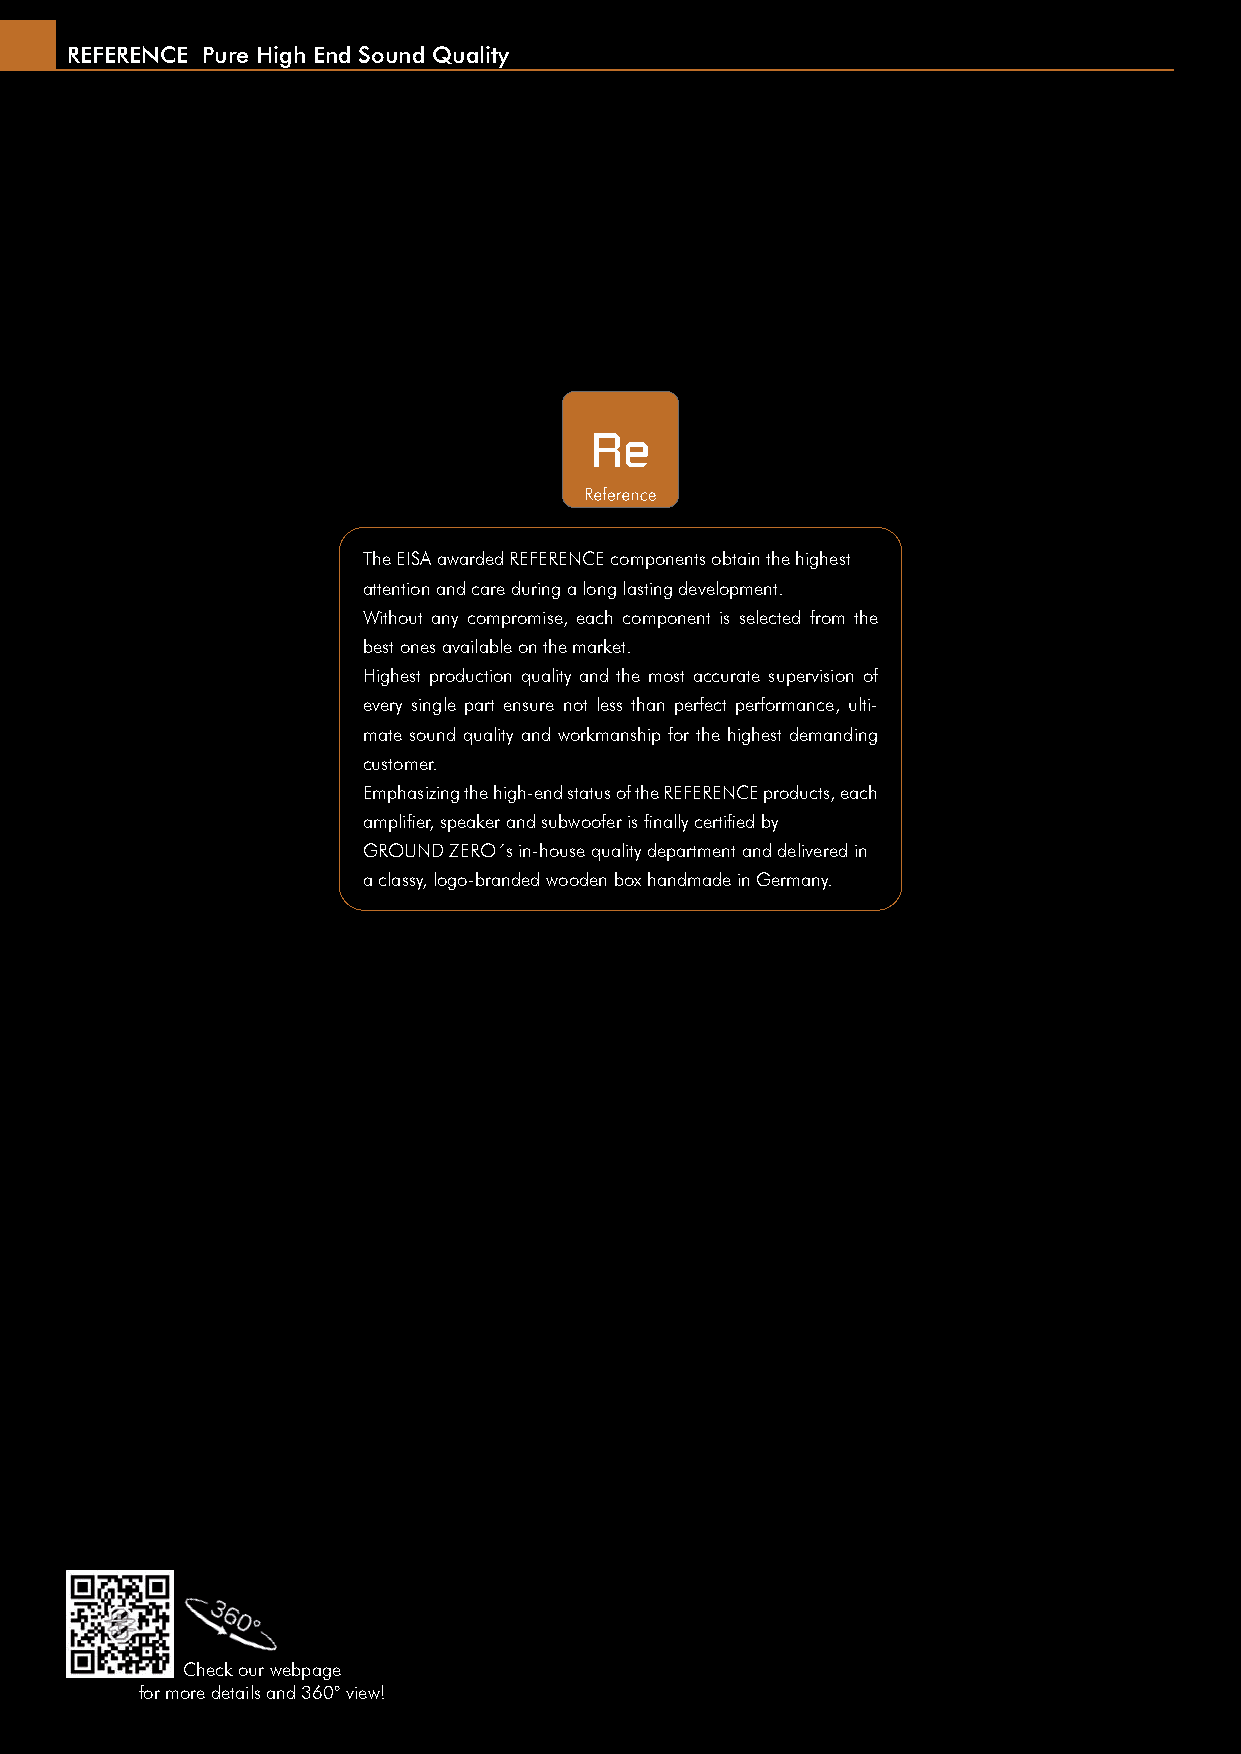
REFERENCE Pure High End Sound Quality
 The EISA awarded REFERENCE components obtain the highest
 attention and care during a long lasting development.
 Without any compromise, each component is selected from the
 best ones available on the market.
 Highest production quality and the most accurate supervision of
 every single part ensure not less than perfect performance, ulti-
 mate sound quality and workmanship for the highest demanding
 customer.
 Emphasizing the high-end status of the REFERENCE products, each
 amplifi er, speaker and subwoofer is fi nally certifi ed by
 GROUND ZERO´s in-house quality department and delivered in
 a classy, logo-branded wooden box handmade in Germany.
 Check our webpage
 for more details and 360° view!